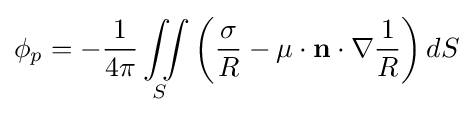
\phi _{p}=-{\frac {1}{4\pi }}\iint \limits _{S}\left({\frac {\sigma }{R}}-\mu \cdot \mathbf {n} \cdot \nabla {\frac {1}{R}}\right)dS